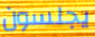
يجلسون